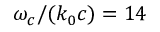
\omega _ { c } / { \left( k _ { 0 } c \right) } = 1 4